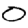
Digit: 0